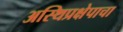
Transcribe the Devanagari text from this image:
अस्थिप्रक्षेपाचा